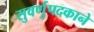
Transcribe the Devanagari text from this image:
सुवर्णुपदकाने